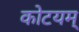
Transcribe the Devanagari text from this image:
कोटयम्